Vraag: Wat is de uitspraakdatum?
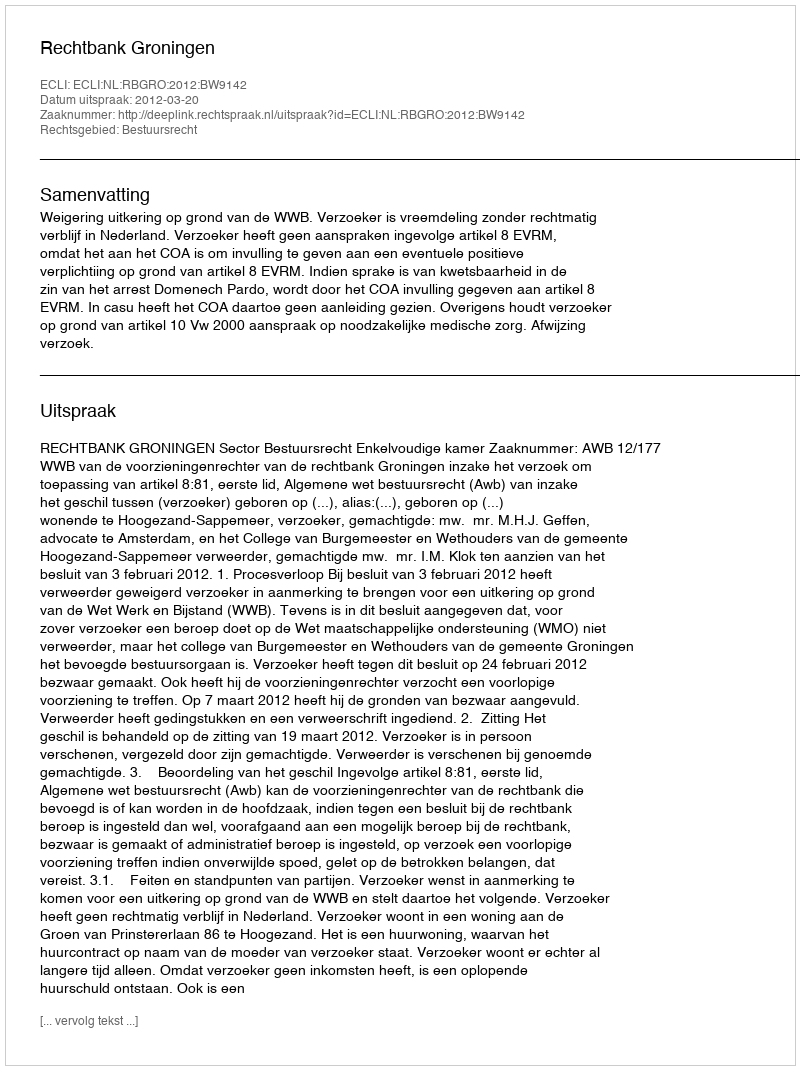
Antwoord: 2012-03-20